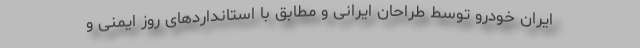
ایران خودرو توسط طراحان ایرانی و مطابق با استانداردهای روز ایمنی و